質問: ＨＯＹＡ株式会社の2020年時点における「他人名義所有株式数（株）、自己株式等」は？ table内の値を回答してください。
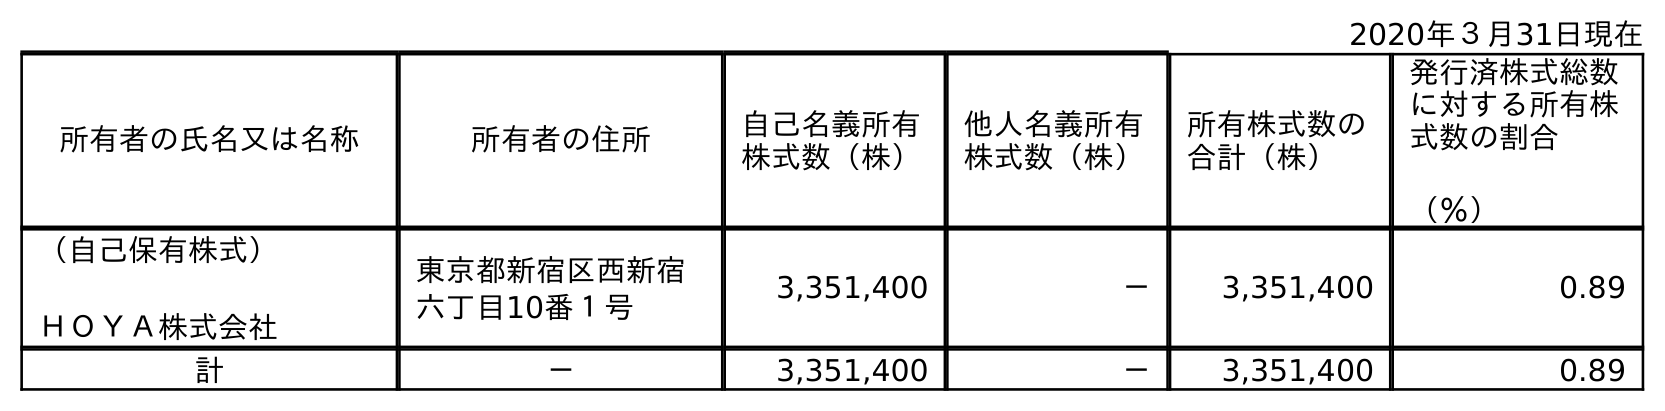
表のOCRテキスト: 2020年３月31日現在 所有者の氏名又は名称 所有者の住所 自己名義所有 株式数（株） 他人名義所有 株式数（株） 所有株式数の 合計（株） 発行済株式総数 に対する所有株 式数の割合 （％） （自己保有株式） ＨＯＹＡ株式会社 東京都新宿区西新宿 六丁目10番１号 3,351,400 － 3,351,400 0.89 計 － 3,351,400 － 3,351,400 0.89
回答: －